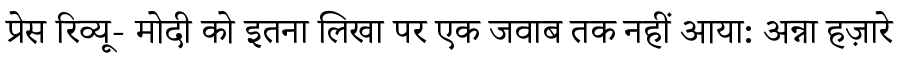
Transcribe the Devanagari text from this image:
प्रेस रिव्यू- मोदी को इतना लिखा पर एक जवाब तक नहीं आया: अन्ना हज़ारे